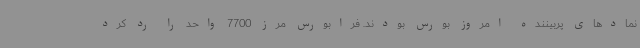
نمادهای پربیننده امروز بورس بودند. فرابورس مرز 7700 واحد را رد کرد